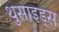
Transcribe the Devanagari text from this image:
थुसाइड्स